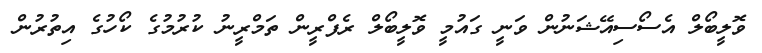
ވޮލީބޯލް އެސޯސިއޭޝަނުން ވަނީ ގައުމީ ވޮލީބޯލް ރެފްރީން ތަމްރީނު ކުރުމުގެ ކޯހުގެ އިތުރުން